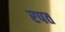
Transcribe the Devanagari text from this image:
रपत